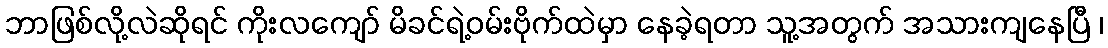
ဘာဖြစ်လို့လဲဆိုရင် ကိုးလကျော် မိခင်ရဲ့ဝမ်းဗိုက်ထဲမှာ နေခဲ့ရတာ သူ့အတွက် အသားကျနေပြီ ၊